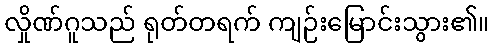
လှိုဏ်ဂူသည် ရုတ်တရက် ကျဉ်းမြောင်းသွား၏။